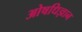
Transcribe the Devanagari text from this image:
ओषधिज्ञान